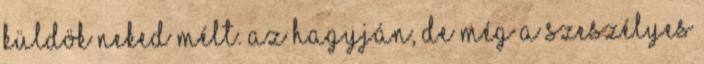
küldök neked mélt. Az hagyján, de még a Szeszélyes